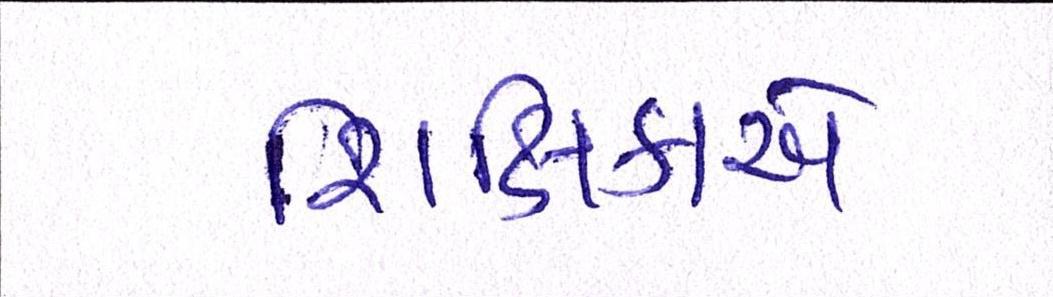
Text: શિક્ષિકાએ